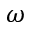
\omega